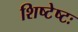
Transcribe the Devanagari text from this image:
शिष्टेष्टः